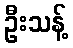
ဦးသန့်